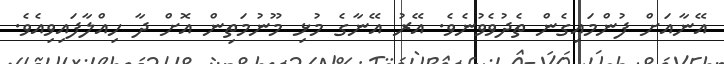
އޭނާއަށް ފުންމައިގެން ތެދުވެވުނެވެ. އޭރު އޭނާގެ މުޅި މޫނުމަތިން އޮށް ދާ ހިއްލާފައިވިއެވެ.